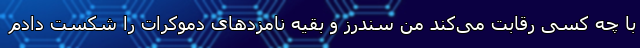
با چه کسی رقابت می‌کند من سندرز و بقیه نامزدهای دموکرات را شکست دادم